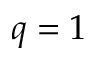
q = 1